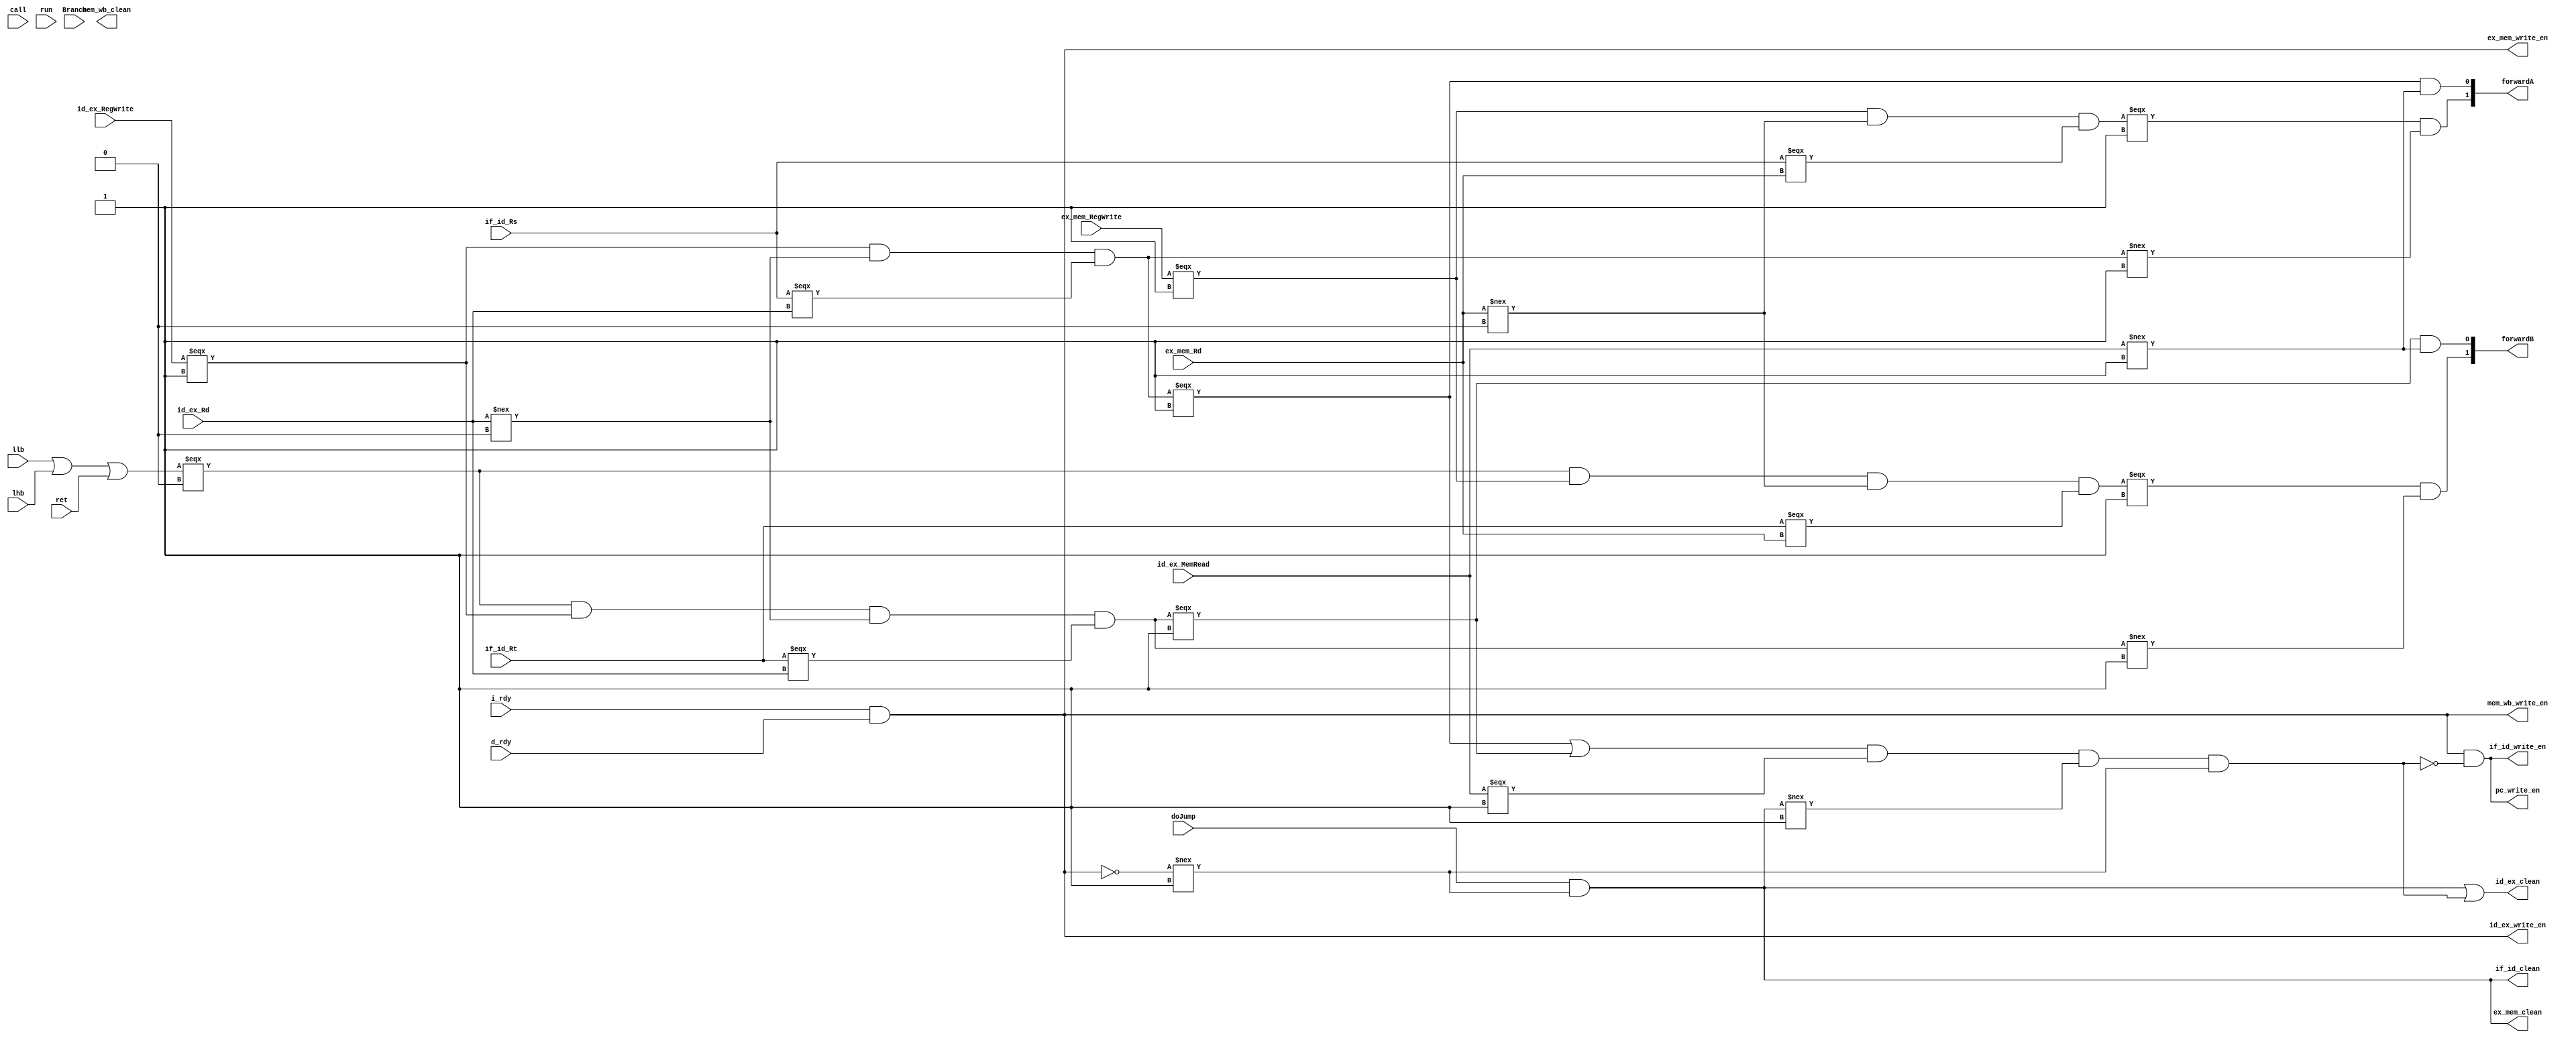
/*
* Hazard control V2: including cache stall
* combinational logic only
* 
* EXMatch = ID/EX.RegWrite && ID/EX.Rd != 0 && (IF/ID.Rs == ID/EX.Rd) && (IF/ID.Rt ==
    * ID/EX.Rd) 
    * MEMMatch = EX/MEM.RegWrite && EX/MEM.Rd != 0 && (IF/ID.Rs == EX/MEM.Rd)
    * && (IF/ID.Rt == EX/MEM.Rd)
    *
* data forwarding condition
* if (EXMatch && !ID/EX.MemRead)
    * EX forwarding
* if (!EXMatch && MEMMatch)
    * MEM forwarding
* if (EXMatch && ID/EX.MemRead)
    * Stall
*
* Stall operation
* PCWrite = 0;
* IF/ID.Write = 0;
* clear ID/EX 
*
* Jump condition
* if jump
* Jump operation: clear IF/ID, ID/EX, EX/MEM
*
* priority: Cache miss > Jump > Stall
*/


module hazardControl(if_id_Rs, if_id_Rt, id_ex_RegWrite, id_ex_MemRead, id_ex_Rd, ex_mem_RegWrite, ex_mem_Rd, doJump, i_rdy, d_rdy, pc_write_en, if_id_write_en, id_ex_write_en, ex_mem_write_en, mem_wb_write_en, if_id_clean, id_ex_clean, ex_mem_clean, mem_wb_clean, llb, lhb, Branch, call, ret, run, forwardA, forwardB);
    input[3:0] if_id_Rs, if_id_Rt, id_ex_Rd, ex_mem_Rd;
    input id_ex_RegWrite, ex_mem_RegWrite, doJump, id_ex_MemRead;
    input llb, lhb, ret; // llb, lhb and ret use only rs so it should be handled specially.
    input Branch, call, run; // Branch call run does not have data dependence at all
    input i_rdy, d_rdy; // i-cache, d-cache ready
    output pc_write_en, if_id_write_en, id_ex_write_en, ex_mem_write_en, mem_wb_write_en, if_id_clean, id_ex_clean, ex_mem_clean, mem_wb_clean;
    output[1:0] forwardA, forwardB; // 00: no data forwarding, 01: ex data forwarding, 10: mem data forwarding. A: Rs, B: Rt

    wire stall /*only stall IF/ID */, stall_all/*stall all the five stages*/, clear; 
    wire ex_matchA, ex_matchB, mem_matchA, mem_matchB;
    wire rsOnly;
    wire nonDpd;

    assign rsOnly = llb | lhb | ret;
    assign nonDpd = Branch | call | ~run;

    // data hazard control
    assign ex_matchA = (id_ex_RegWrite === 1'b1) && (id_ex_Rd !== 0) && (if_id_Rs === id_ex_Rd);
    assign ex_matchB = (rsOnly === 1'b0) & (id_ex_RegWrite === 1'b1) && (id_ex_Rd !== 0) && (if_id_Rt === id_ex_Rd);
    assign mem_matchA = (ex_mem_RegWrite === 1'b1) && (ex_mem_Rd !== 0) && (if_id_Rs === ex_mem_Rd); 
    assign mem_matchB = (rsOnly === 1'b0) & (ex_mem_RegWrite === 1'b1) && (ex_mem_Rd !== 0) && (if_id_Rt === ex_mem_Rd);
    assign forwardA[0] = (ex_matchA === 1'b1) & (id_ex_MemRead !== 1'b1);
    assign forwardA[1] = (mem_matchA === 1'b1) & (ex_matchA !== 1'b1);
    assign forwardB[0] = (ex_matchB === 1'b1) & (id_ex_MemRead !== 1'b1);
    assign forwardB[1] = (mem_matchB === 1'b1) & (ex_matchB !== 1'b1);
    assign stall = (ex_matchA === 1'b1 || ex_matchB === 1'b1) & (id_ex_MemRead === 1'b1) & (clear !== 1'b1) & (stall_all !== 1'b1); // sometimes clear and stall are both 1, this happens at 0011(MEM) phase. However, the stall is invalid as the IF,ID,EX should be flushed.
    assign stall_all = (~(i_rdy & d_rdy)); // What if jump in MEM phase and I-cache miss concurrently happen?
    // control hazard
    assign clear = doJump & (stall_all !== 1);
    
    assign pc_write_en = ~stall_all & ~stall;
    assign if_id_write_en = ~stall_all & ~stall;
    assign id_ex_write_en = ~stall_all;
    assign ex_mem_write_en = ~stall_all;
    assign mem_wb_write_en = ~stall_all;
    assign if_id_clean = clear;
    assign id_ex_clean = clear | stall;
    assign ex_mem_clean = clear;
    //assign mem_wb_clean = clear; // Do not clear, even Branch in WB phase is useless, it won't write the register

endmodule